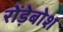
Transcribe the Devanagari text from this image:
रोंड़ेबोश